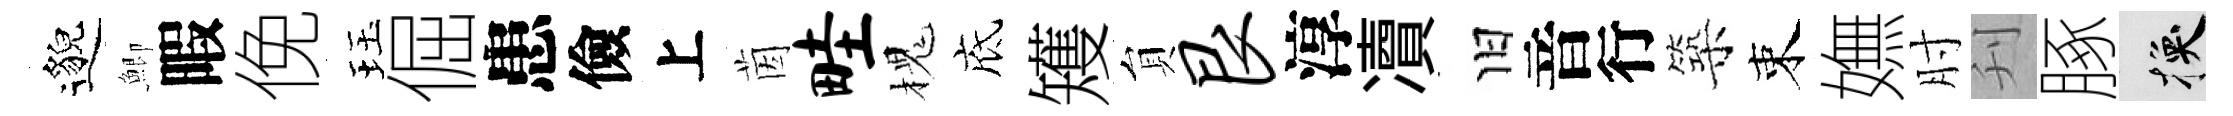
邈鯽暇俛珏倔患儉上茵畦槐底矱貟艮淳凟旧音行築束嫵肘刋䐁换